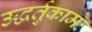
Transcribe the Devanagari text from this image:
उद्धर्तुकामः